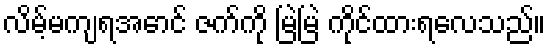
လိမ့်မကျရအောင် ဇက်ကို မြဲမြဲ ကိုင်ထားရလေသည်။